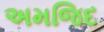
અમજિદ